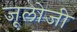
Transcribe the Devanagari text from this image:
जूलोजी